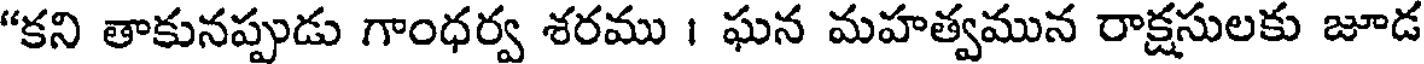
"కని తాకునప్పుడు గాంధర్వ శరము । ఘన మహత్వమున రాక్షసులకు జూడ